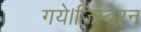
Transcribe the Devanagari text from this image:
गये।जिम्बरन